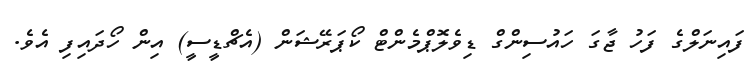
ފައިނަލްްގެ ފަހު ޖާގަ ހައުސިންގް ޑިވެލޮޕްމެންޓް ކޯޕަރޭޝަން (އެޗްޑީސީ) އިން ހޯދައިފި އެވެ.